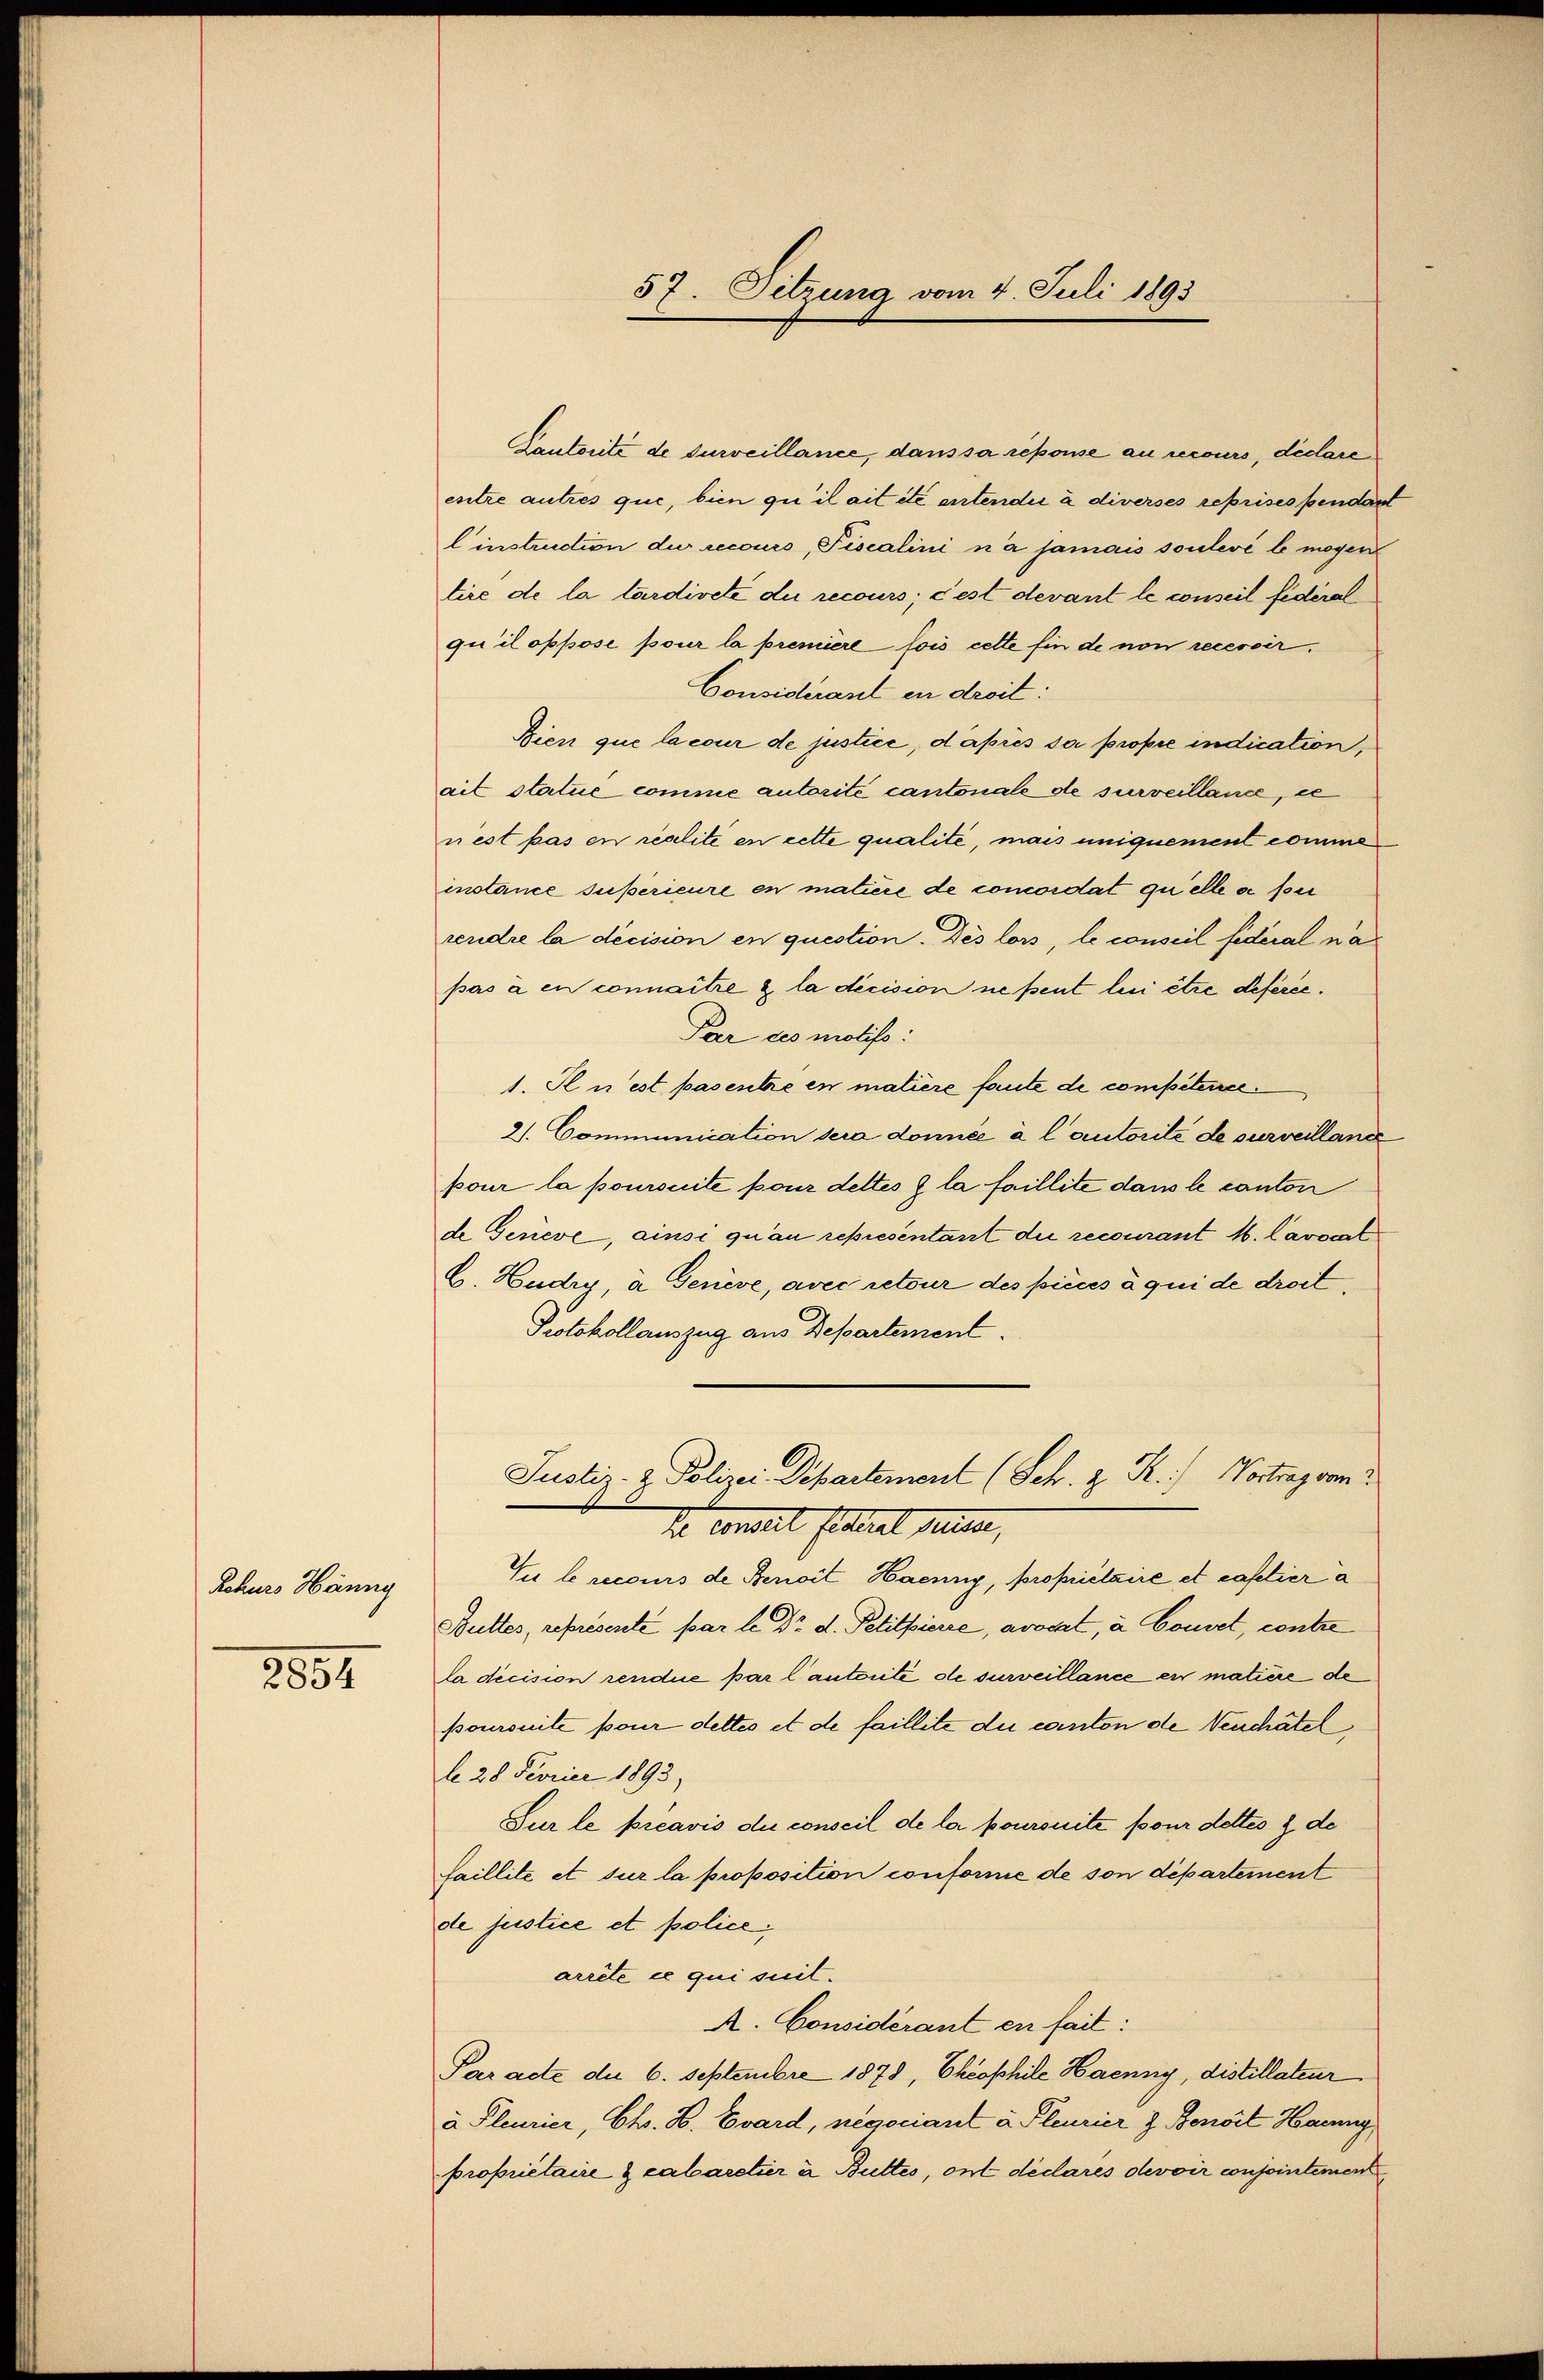
Rehurs Hänny

2854

57. Setzung vom 4. Juli 1893

Lautorité de surveillance, dans sa repouse au recours, déclare
entre autres que, bien qu’il ait été entendii à diverses reprises pendant
l’instrudion die recours, Piscalini na jamais soulevé le mögen
tire de la tardireté du recours; c’est devant le conseil fédéral
quil oppose pour la première fois cette fin de non recevoir.
Considerant in droit:
Bien que la cour de justice, d après sa propie indication,
ait statue comme autorité cantonale de surveillance, ic
nest pas en realite en cette qualite, mais uniquement comme
instance superieure en mature de concordat quelle o per
rendre la décision en question. Des lors, le conseil fidéral na
pas à en connaitre à la décision ne peut lui être deferie.
Par ces motifs:
1. Il n’est pas entre en matière faute de competerie.
21. Communication sera donnée à l’autorité de surveillance
pour la poursuite pour dettes & la faillite dans le canton
de Gerieve, ainsi qu’au representant die recourant M. Lavocat
E. Hudry, à Genève, avec retour des pièces à qui de droit,
Protokollauszug aus Departement.
Justiz- & Polizei Departement (Sch. z. R.) Vortrag vom 2
de Concert Fittiert seine,
Tu le recours de Benoit Haenny, propriétaire et capetier a
Buttes, représente par le Dr. d. Petitpierre, avocat, à Conset, contre
la décision rendue par l’autorité de surveillance er matière de
poursuite pour dettes et de faillite du canton de Neuchâtel
l 28 Fevrier 1893,
Sur le préavis die conseil de la poursuite pour dettes & de
faillite et sur la proposition conforme de son département
de justice et policearrête ce qui suit.
A. Considérant en fail:
Paracte de 6. Septembre 1878, Cheophile Haenny, distillateur
à Pleurier, Chr. H. Evard, negociant à leurier z. Benoit Haug
propriétaire & cabaretier à Buttes, ont déclares devoir conjointemen